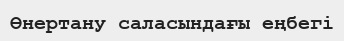
Өнертану саласындағы еңбегі